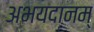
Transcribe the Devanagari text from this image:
अभयदानम्